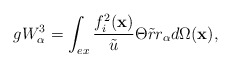
\begin{align*}gW_{\alpha }^{3}=\int_{ex}\frac{f_{i}^{2}(\mathbf{x})}{\tilde{u}}\Theta \tilde{r}r_{\alpha }d\Omega (\mathbf{x}), \end{align*}